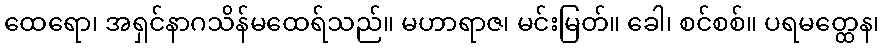
ထေရော၊ အရှင်နာဂသိန်မထေရ်သည်။ မဟာရာဇ၊ မင်းမြတ်။ ခေါ၊ စင်စစ်။ ပရမတ္ထေန၊